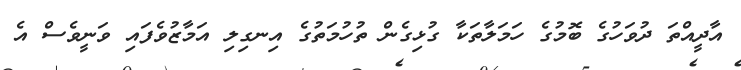
އާދީއްތަ ދުވަހުގެ ބޮމުގެ ހަމަލާތަކާ ގުޅިގެން ތުހުމަތުގެ އިނގިލި އަމާޒުވެފައި ވަނީވެސް އެ